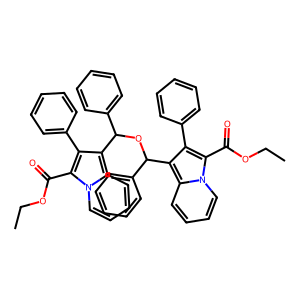
SMILES: CCOC(=O)c1c(-c2ccccc2)c(C(OC(c2ccccc2)c2c(-c3ccccc3)c(C(=O)OCC)n3ccccc23)c2ccccc2)c2ccccn12
Inhibits HIV replication: No